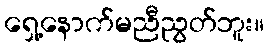
ရှေ့နောက်မညီညွတ်ဘူး။